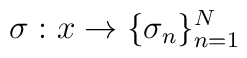
\sigma: x \to \{\sigma_n\}^N_{n=1}